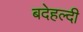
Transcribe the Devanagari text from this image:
बदेहल्दी